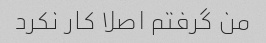
من گرفتم اصلا کار نکرد